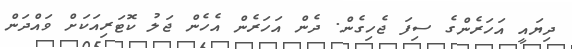
ދިޔައީ އަހަރެންގެ ސިފަ ޖެހިގެން. ދެން އަހަރެން އެހެން ޖަލު ކޮޓަރިއަކަށް ވައްދަން